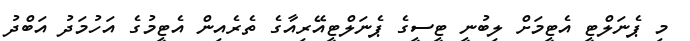
މި ޕެނަލްޓީ އެޓީމަށް ލިބުނީ ޓީސީގެ ޕެނަލްޓީއޭރިއާގެ ތެރެއިން އެޓީމުގެ އަހުމަދު އަބްދު